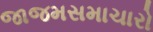
જાજમસમાચારો